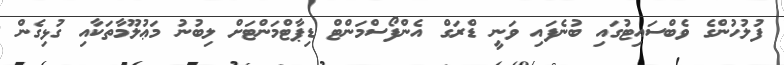
ފުލުހުންގެ ވެބްސައިޓުގައި ބުނެފައި ވަނީ ޑްރަގް އެންފޯސްމަންޓް ޑިޕާޓްމަންޓަށް ލިބުނު މަޢުލޫމާތަކާއި ގުޅިގެން